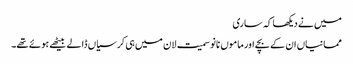
میں نے دیکھا کہ ساری
ممانیاں ان کے بچے اور ماموں نانو سمیت لان میں ہی کرسیاں ڈالے بیٹھے ہوئے تھے۔